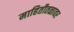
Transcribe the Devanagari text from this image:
माहितीतळावर